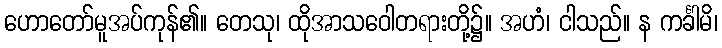
ဟောတော်မူအပ်ကုန်၏။ တေသု၊ ထိုအာသဝေါတရားတို့၌။ အဟံ၊ ငါသည်။ န ကင်္ခါမိ၊